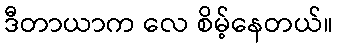
ဒီတာယာက လေ စိမ့်နေတယ်။